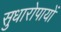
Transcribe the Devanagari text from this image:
सुधारोपायों